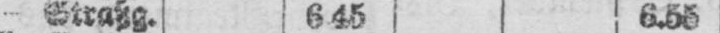
- Straßg. 6.45 6.55